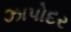
ઝાપોદર